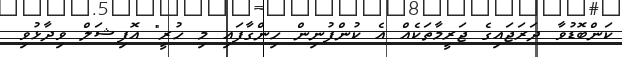
ކަންބޮޑުވާ ދަރަޖައިގެ ޖަރީމާތަކެއް އެ ކުންފުނިން ހިންގާފައި މި ހުރީ" އޮފިޝަލް ވިދާޅުވި